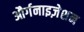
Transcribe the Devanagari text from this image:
और्गनाइज़ेशन